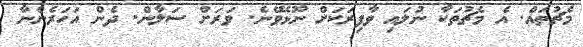
މެޗުތައް. އެ މެޗުތަކާ ނުލައި ވާފިރަކަށް ނޫޅެވޭނެ. ވަރަށް ސަލާން. ދެން އަހަރެންނާ